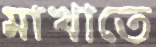
মাখাতে